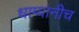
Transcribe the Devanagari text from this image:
धाग्यानीच